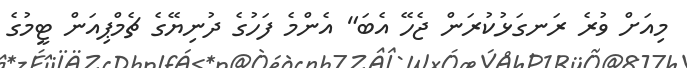
މިއަށް ވުރެ ރަނގަޅުކުރަން ޖެހޭ އެބަ" އެންމެ ފަހުގެ ދުނިޔޭގެ ޗެމްޕިއަން ޓީމުގެ